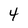
Character: 4